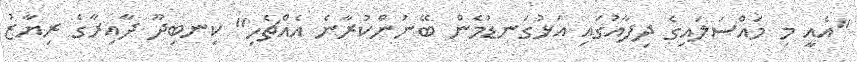
"އެއީ މި މައްސަލައިގެ ދިފާއުގައި އަޅުގަނޑުމެން ބޭނުންކުރާނެ އެއްޗެހި" ކިނބިދޫ ދާއިރާގެ ރިޔާޒު